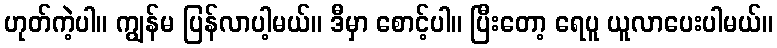
ဟုတ်ကဲ့ပါ။ ကျွန်မ ပြန်လာပါ့မယ်။ ဒီမှာ စောင့်ပါ။ ပြီးတော့ ရေပူ ယူလာပေးပါမယ်။